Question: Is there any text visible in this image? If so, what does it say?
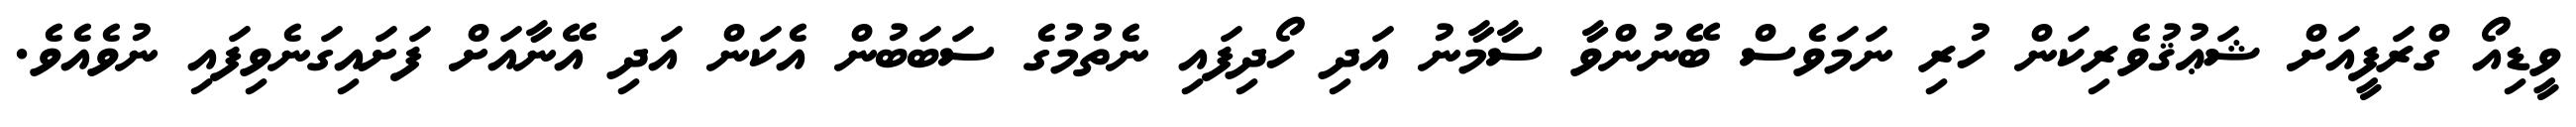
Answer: ވީޑިއޯ ގްރަފީއަށް ޝަޢުޤުވެރިކަން ހުރި ނަމަވެސް ބޭނުންވާ ސާމާނު އަދި ހޯދިފައި ނެތުމުގެ ސަބަބުން އެކަން އަދި އޭނާއަށް ފަށައިގަނެވިފައި ނުވެއެވެ.